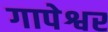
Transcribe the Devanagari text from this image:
गापेश्वर